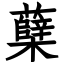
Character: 蘖